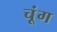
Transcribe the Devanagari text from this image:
चूंग